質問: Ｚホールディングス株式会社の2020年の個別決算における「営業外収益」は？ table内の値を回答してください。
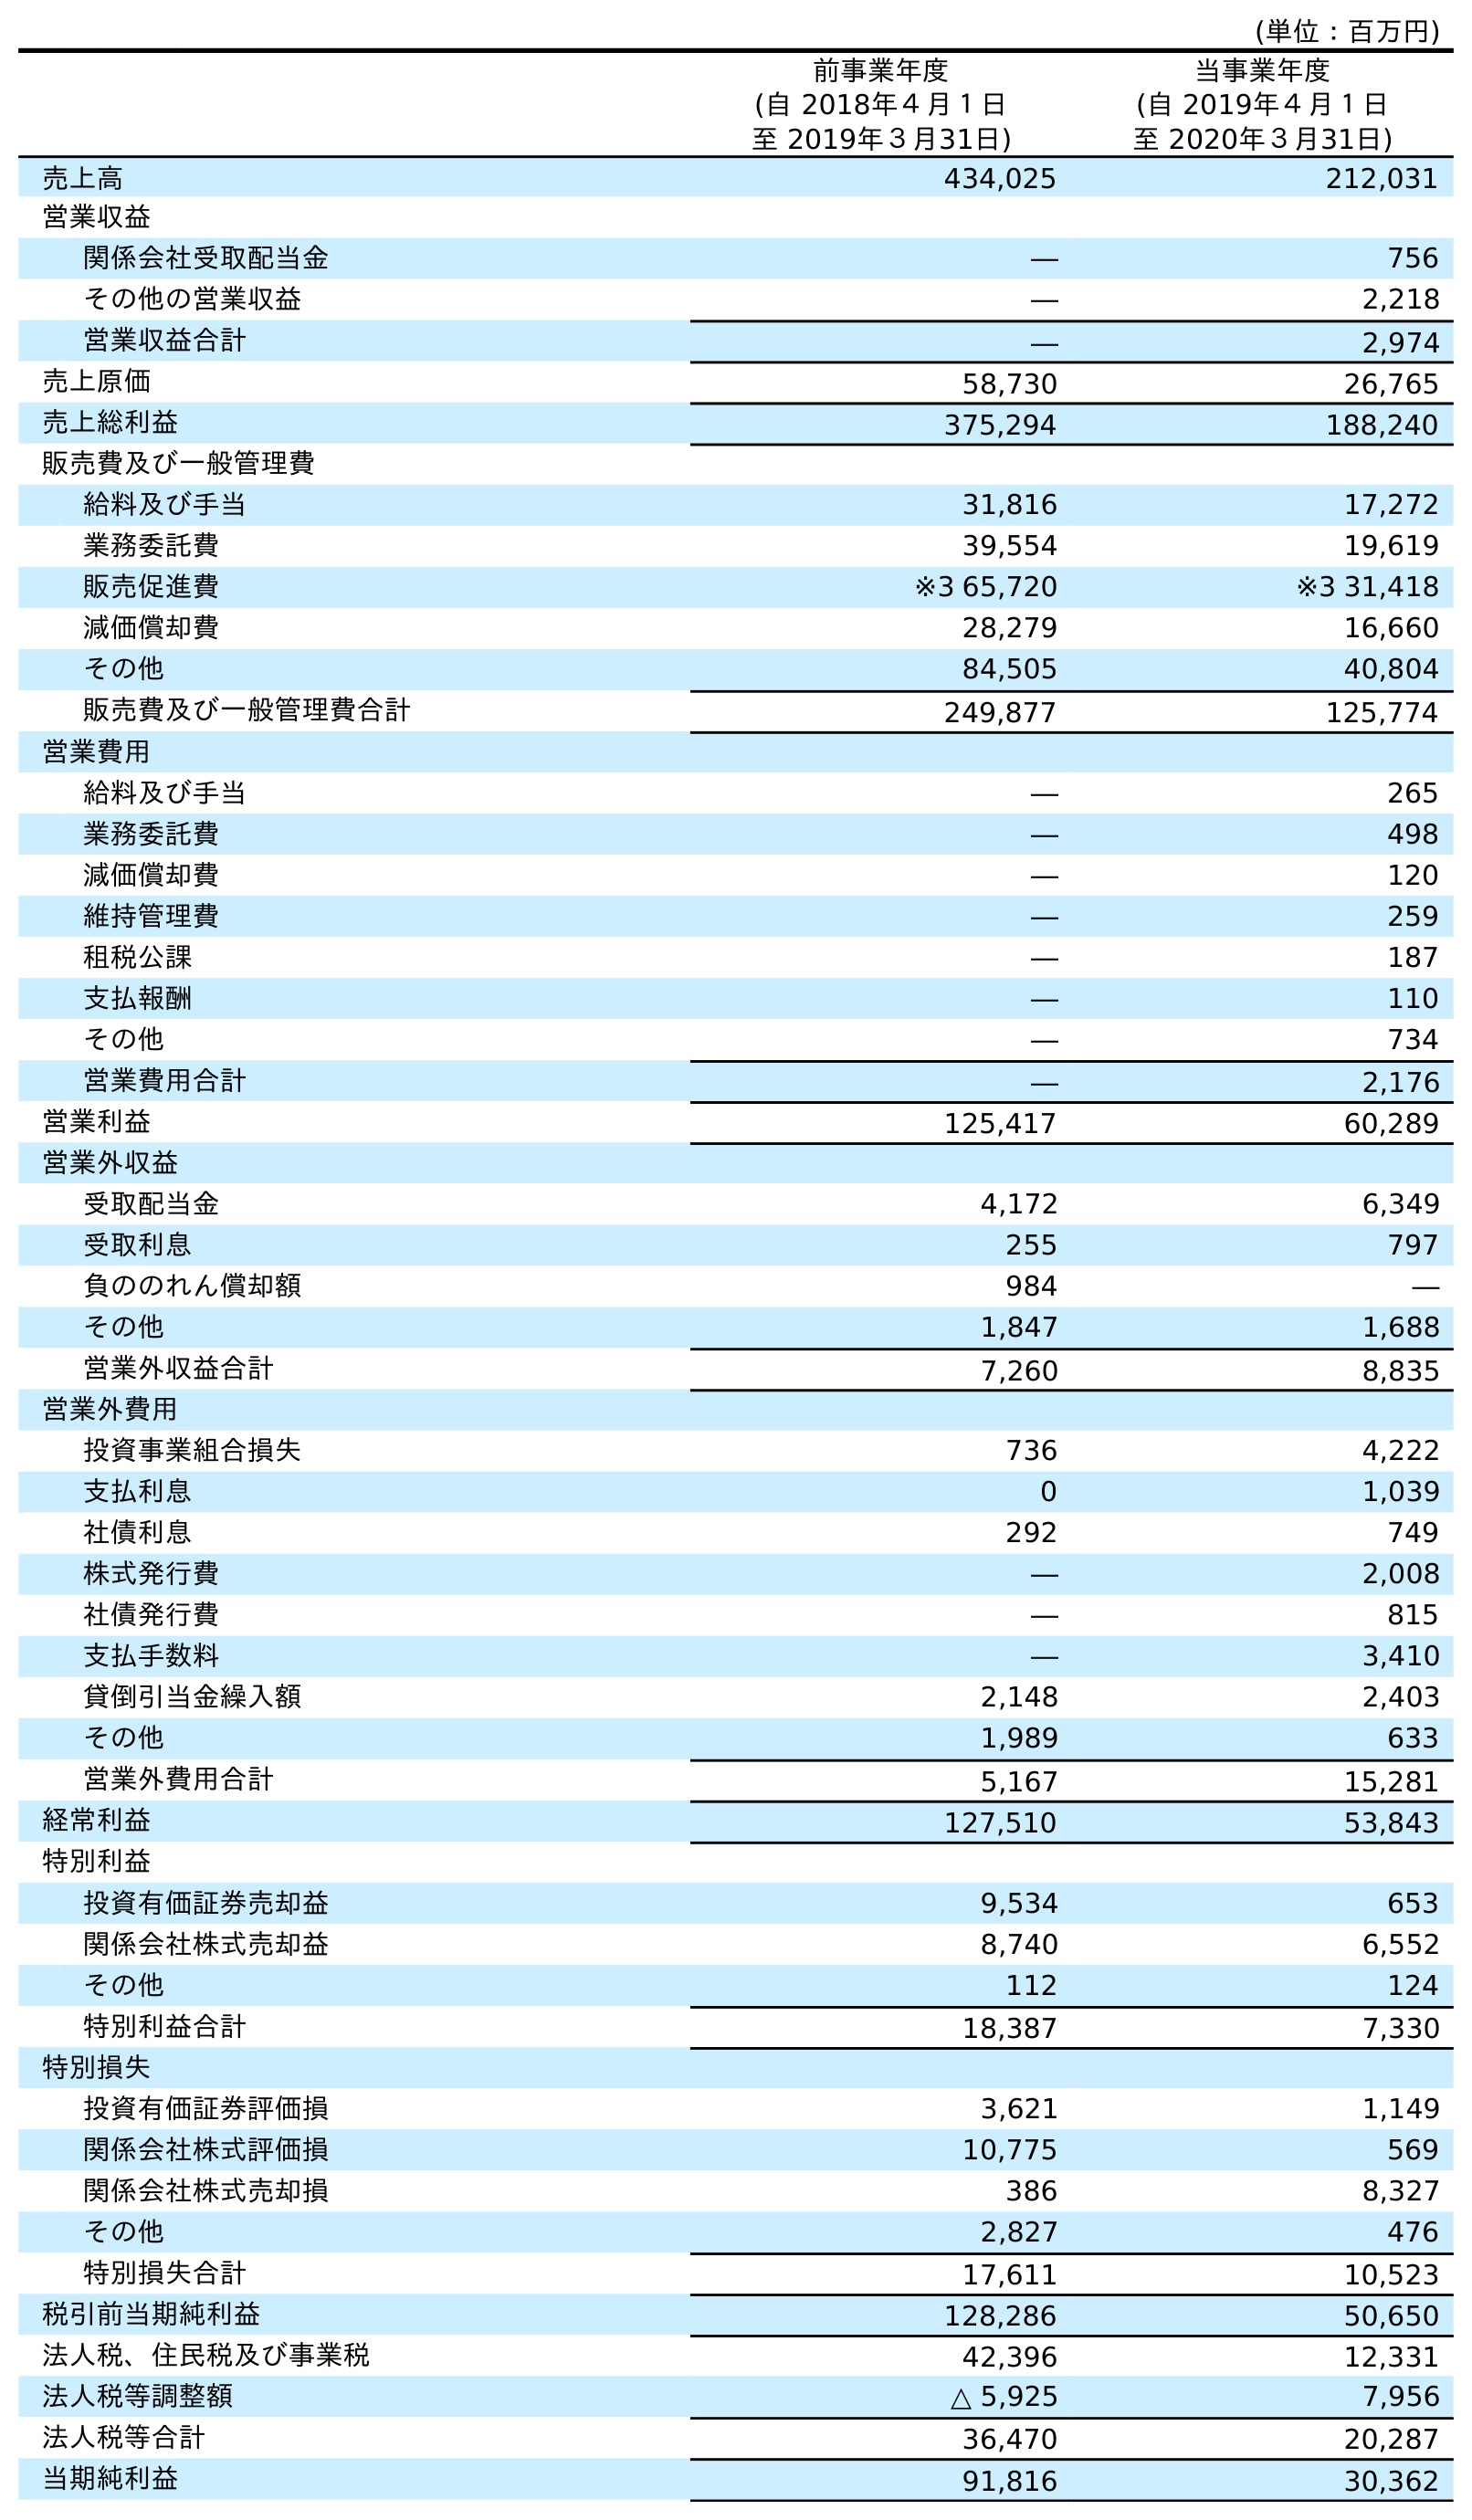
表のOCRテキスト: (単位：百万円) 前事業年度 (自 2018年４月１日 至 2019年３月31日) 当事業年度 (自 2019年４月１日 至 2020年３月31日) 売上高 434,025 212,031 営業収益 関係会社受取配当金 ― 756 その他の営業収益 ― 2,218 営業収益合計 ― 2,974 売上原価 58,730 26,765 売上総利益 375,294 188,240 販売費及び一般管理費 給料及び手当 31,816 17,272 業務委託費 39,554 19,619 販売促進費 ※3 65,720 ※3 31,418 減価償却費 28,279 16,660 その他 84,505 40,804 販売費及び一般管理費合計 249,877 125,774 営業費用 給料及び手当 ― 265 業務委託費 ― 498 減価償却費 ― 120 維持管理費 ― 259 租税公課 ― 187 支払報酬 ― 110 その他 ― 734 営業費用合計 ― 2,176 営業利益 125,417 60,289 営業外収益 受取配当金 4,172 6,349 受取利息 255 797 負ののれん償却額 984 ― その他 1,847 1,688 営業外収益合計 7,260 8,835 営業外費用 投資事業組合損失 736 4,222 支払利息 0 1,039 社債利息 292 749 株式発行費 ― 2,008 社債発行費 ― 815 支払手数料 ― 3,410 貸倒引当金繰入額 2,148 2,403 その他 1,989 633 営業外費用合計 5,167 15,281 経常利益 127,510 53,843 特別利益 投資有価証券売却益 9,534 653 関係会社株式売却益 8,740 6,552 その他 112 124 特別利益合計 18,387 7,330 特別損失 投資有価証券評価損 3,621 1,149 関係会社株式評価損 10,775 569 関係会社株式売却損 386 8,327 その他 2,827 476 特別損失合計 17,611 10,523 税引前当期純利益 128,286 50,650 法人税、住民税及び事業税 42,396 12,331 法人税等調整額 △ 5,925 7,956 法人税等合計 36,470 20,287 当期純利益 91,816 30,362
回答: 8,835